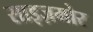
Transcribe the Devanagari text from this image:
साइज़मोर